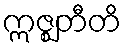
ဣဇ္ဈတီတိ